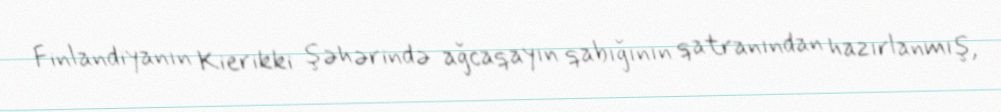
Finlandiyanın Kierikki şəhərində ağcaqayın qabığının qatranından hazırlanmış,